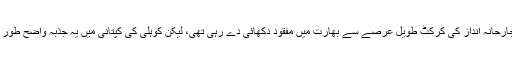
مثبت اور جارحانہ انداز کی کرکٹ طویل عرصے سے بھارت میں مفقود دکھائی دے رہی تھی، لیکن کوہلی کی کپتانی میں یہ جذبہ واضح طور پر نظر آیا۔